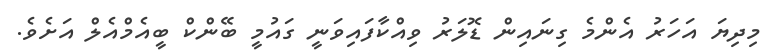
މިދިޔަ އަހަރު އެންމެ ގިނައިން ޑޮލަރު ވިއްކާފައިވަނީ ގައުމީ ބޭންކް ބީއެމްއެލް އަށެވެ.